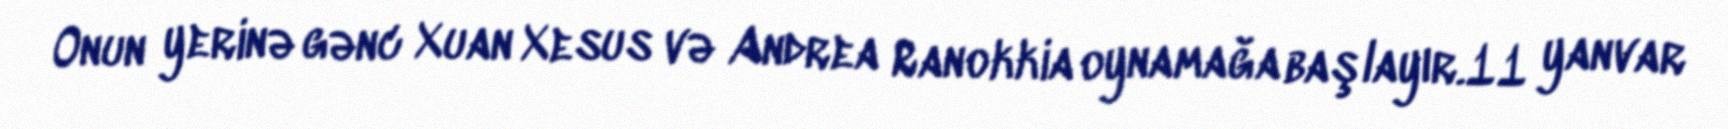
Onun yerinə gənc Xuan Xesus və Andrea Ranokkia oynamağa başlayır.11 yanvar